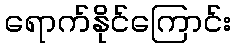
ရောက်နိုင်ကြောင်း